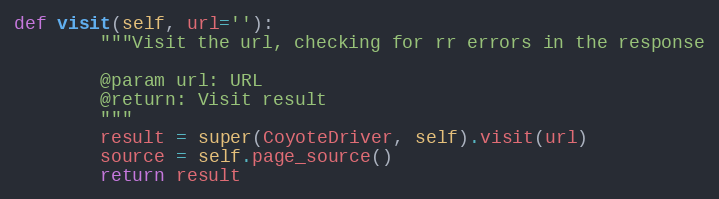
Language: Python
def visit(self, url=''):
        """Visit the url, checking for rr errors in the response

        @param url: URL
        @return: Visit result
        """
        result = super(CoyoteDriver, self).visit(url)
        source = self.page_source()
        return result